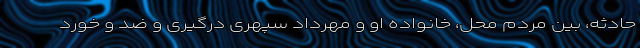
حادثه، بین مردم محل، خانواده او و مهرداد سپهری درگیری و ضد و خورد